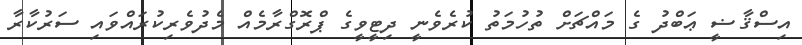
އިސްޤާޟީ ޢަބްދު ގެ މައްޗަށް ތުހުމަތު ކުރެވެނީ ދިޓީވީގެ ޕްރޮގްރާމެއް މެދުވެރިކުރައްވައި ސަރުކާރާ